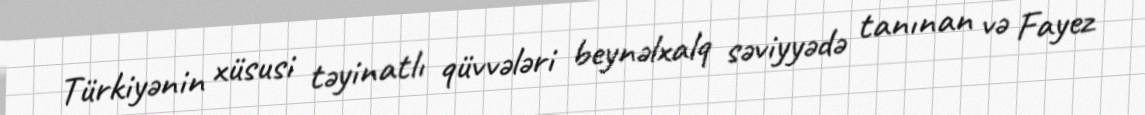
Türkiyənin xüsusi təyinatlı qüvvələri beynəlxalq səviyyədə tanınan və Fayez